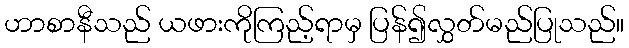
ဟာစာနီသည် ယဖားကိုကြည့်ရာမှ ပြန်၍လွှတ်မည်ပြုသည်။